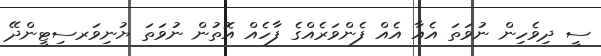
ސީ ދިވެހިން ނުވަތަ އެއާ އެއް ފެންވަރެއްގެ ފާހެއް އޮތުން ނުވަތަ ޔުނިވަރސިޓީންދޭ